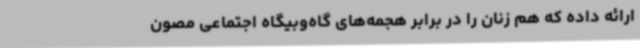
ارائه داده که هم زنان را در برابر هجمه‌های گاه‌وبیگاه اجتماعی مصون